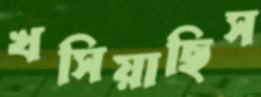
খসিয়াছিস